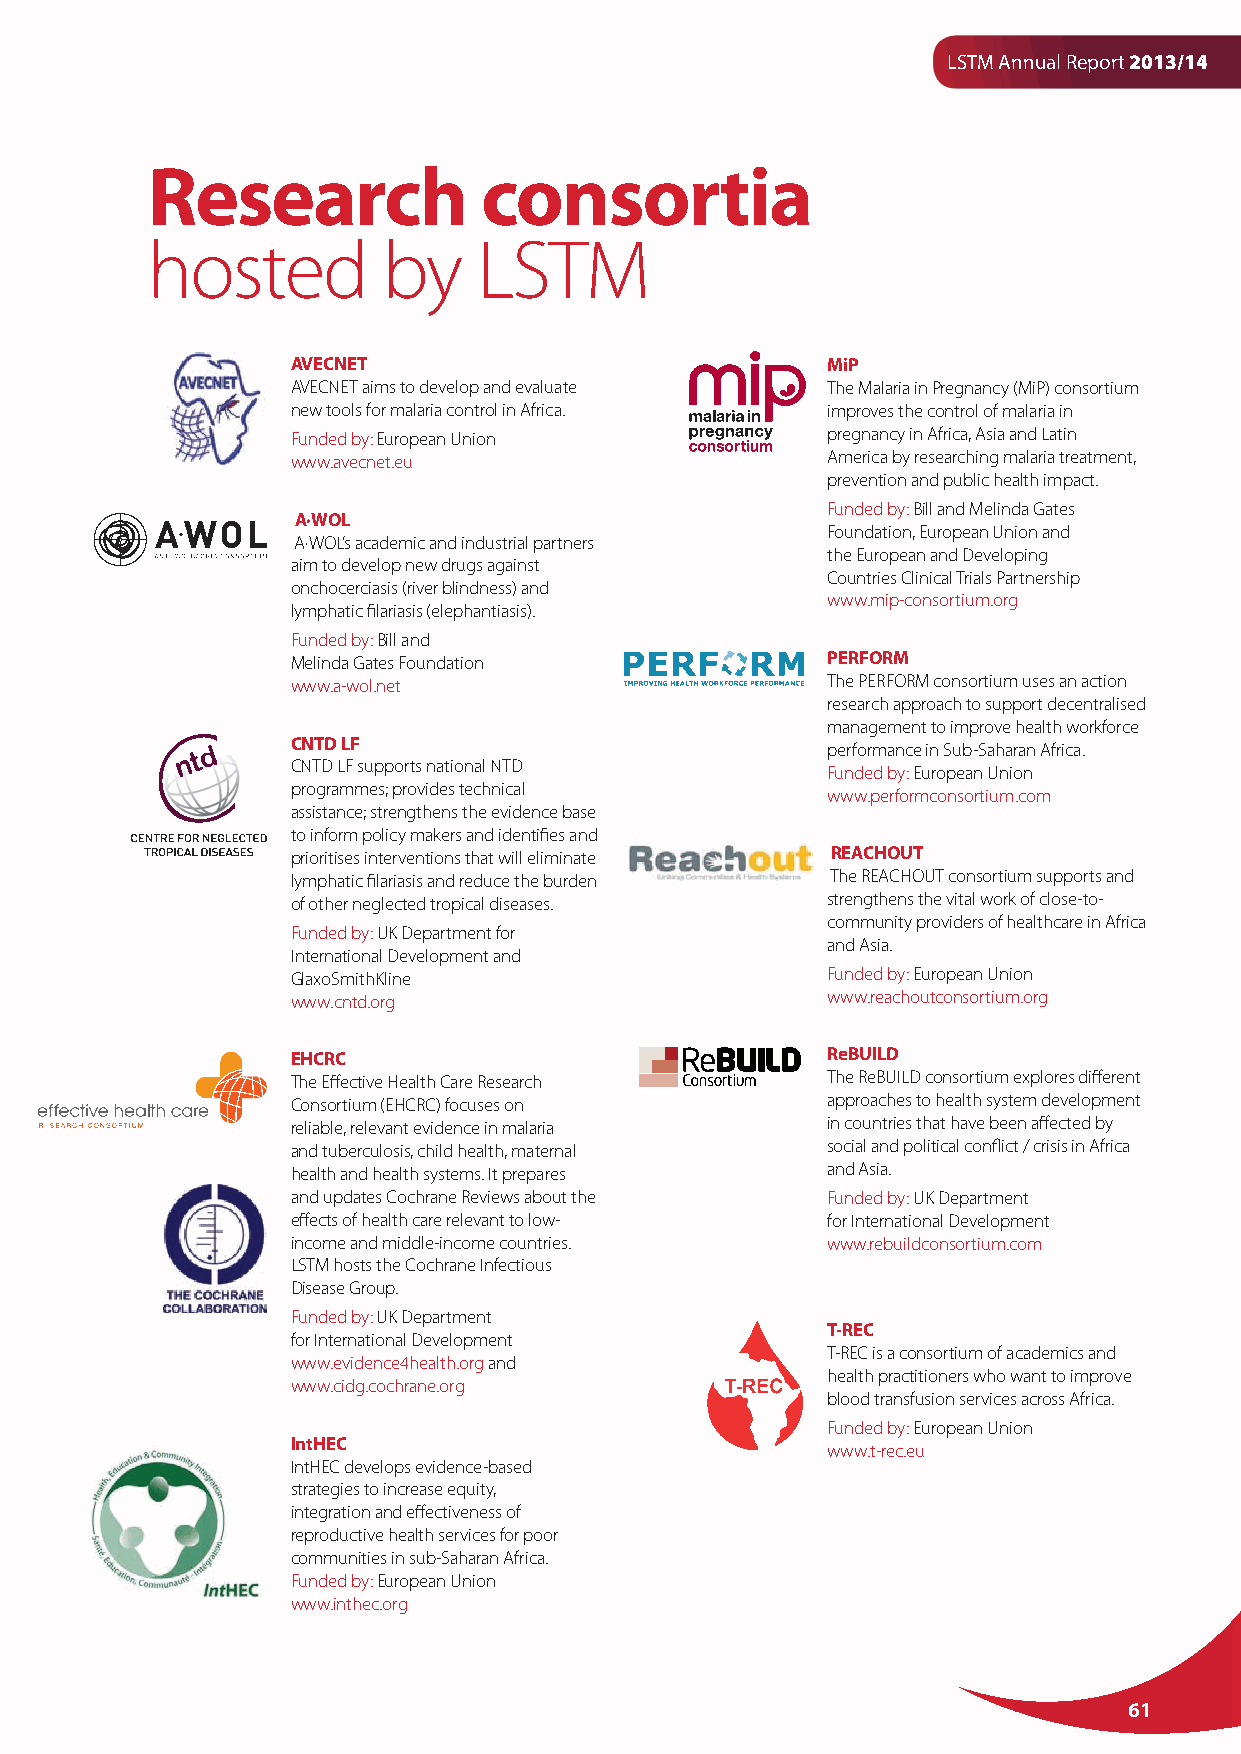
LSTM Annual Report 2013/14
 Research              consortia
 hosted         by     LSTM
 AVECNET                             MiP
 AVECNET aims to develop and evaluate The Malaria in Pregnancy (MiP) consortium
 new tools for malaria control in Africa. improves the control of malaria in
 Funded by: European Union           pregnancy in Africa, Asia and Latin
 www.avecnet.eu                      America by researching malaria treatment,
 prevention and public health impact.
 Funded by: Bill and Melinda Gates
 A·WOL
 Foundation, European Union and
 A·WOL’s academic and industrial partners
 the European and Developing
 aim to develop new drugs against
 Countries Clinical Trials Partnership
 onchocerciasis (river blindness) and
 www.mip-consortium.org
 lymphatic filariasis (elephantiasis).
 Funded by: Bill and
 Melinda Gates Foundation            PERFORM
 www.a-wol.net                       The PERFORM consortium uses an action
 research approach to support decentralised
 management to improve health workforce
 CNTD LF                             performance in Sub-Saharan Africa.
 CNTD LF supports national NTD       Funded by: European Union
 programmes; provides technical      www.performconsortium.com
 assistance; strengthens the evidence base
 to inform policy makers and identifies and
 prioritises interventions that will eliminate REACHOUT
 lymphatic filariasis and reduce the burden The REACHOUT consortium supports and
 of other neglected tropical diseases. strengthens the vital work of close-to-
 community providers of healthcare in Africa
 Funded by: UK Department for
 and Asia.
 International Development and
 GlaxoSmithKline                     Funded by: European Union
 www.cntd.org                        www.reachoutconsortium.org
 EHCRC                               ReBUILD
 The Effective Health Care Research  The ReBUILD consortium explores different
 Consortium (EHCRC) focuses on       approaches to health system development
 reliable, relevant evidence in malaria in countries that have been affected by
 and tuberculosis, child health, maternal social and political conflict / crisis in Africa
 health and health systems. It prepares and Asia.
 and updates Cochrane Reviews about the Funded by: UK Department
 effects of health care relevant to low- for International Development
 income and middle-income countries. www.rebuildconsortium.com
 LSTM hosts the Cochrane Infectious
 Disease Group.
 Funded by: UK Department
 T-REC
 for International Development
 T-REC is a consortium of academics and
 www.evidence4health.org and
 health practitioners who want to improve
 www.cidg.cochrane.org
 blood transfusion services across Africa.
 Funded by: European Union
 IntHEC
 www.t-rec.eu
 IntHEC develops evidence-based
 strategies to increase equity,
 integration and effectiveness of
 reproductive health services for poor
 communities in sub-Saharan Africa.
 Funded by: European Union
 www.inthec.org
 61